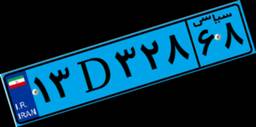
۷۶D۱۴۵۶۹